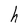
Character: h